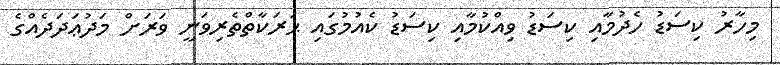
މިހާރު ކިސަޑު ހެދުމާއި ކިސަޑު ވިއްކުމާއި ކިސަޑު ކެއުމުގައި ޙަރަކާތްތެރިވަނީ ވަރަށް މަދުޢަދަދެއްގެ